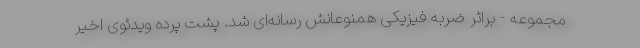
مجموعه - براثر ضربه فیزیکی همنوعانش رسانه‌ای شد. پشت پرده ویدئوی اخیر